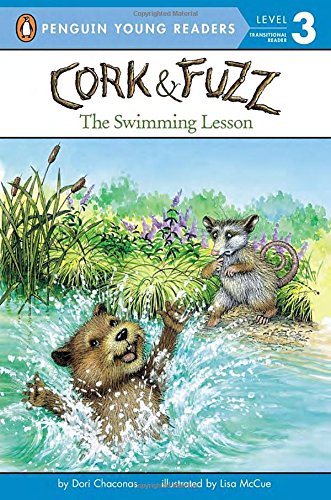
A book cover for The Swimming Lesson (Cork and Fuzz); Dori Chaconas; Children's Books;